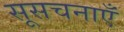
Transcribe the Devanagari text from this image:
सूसचनाएँ